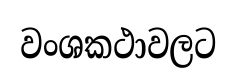
වංශකථාවලට